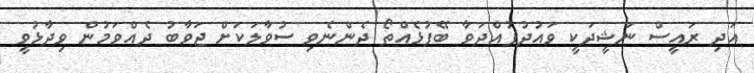
އަދި ރައީސް ނަޝީދަކީ ވައުދުފުއްދަވާ ބޭފުޅެއްތޯ ދެންނެވި ސުވާލަކަށް ޖަވާބު ދެއްވަމުން ވިދާޅުވީ